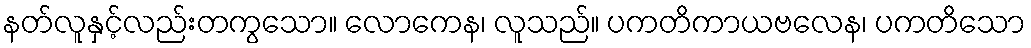
နတ်လူနှင့်လည်းတကွသော။ လောကေန၊ လူသည်။ ပကတိကာယဗလေန၊ ပကတိသော